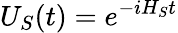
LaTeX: U_{S}(t)=e^{-iH_{S}t}